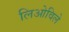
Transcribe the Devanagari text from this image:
लिओविले